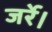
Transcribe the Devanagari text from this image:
जर्रे।